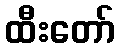
ထီးတော်